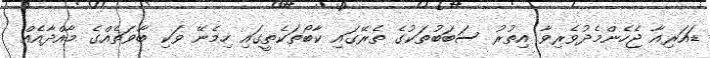
ޑައަރިއާ ޖެހެންމެދުވެރިވާ އިތުރު ސަބަބުތަކުގެ ތެރޭގައި ކާބޯތަކެތީގައި ހިމެނޭ ވަކި ބާވަތެއްގެ މާއްދާއެއް